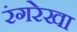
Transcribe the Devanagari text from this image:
रंगरेखा